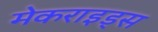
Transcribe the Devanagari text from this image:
मेकराइड्स